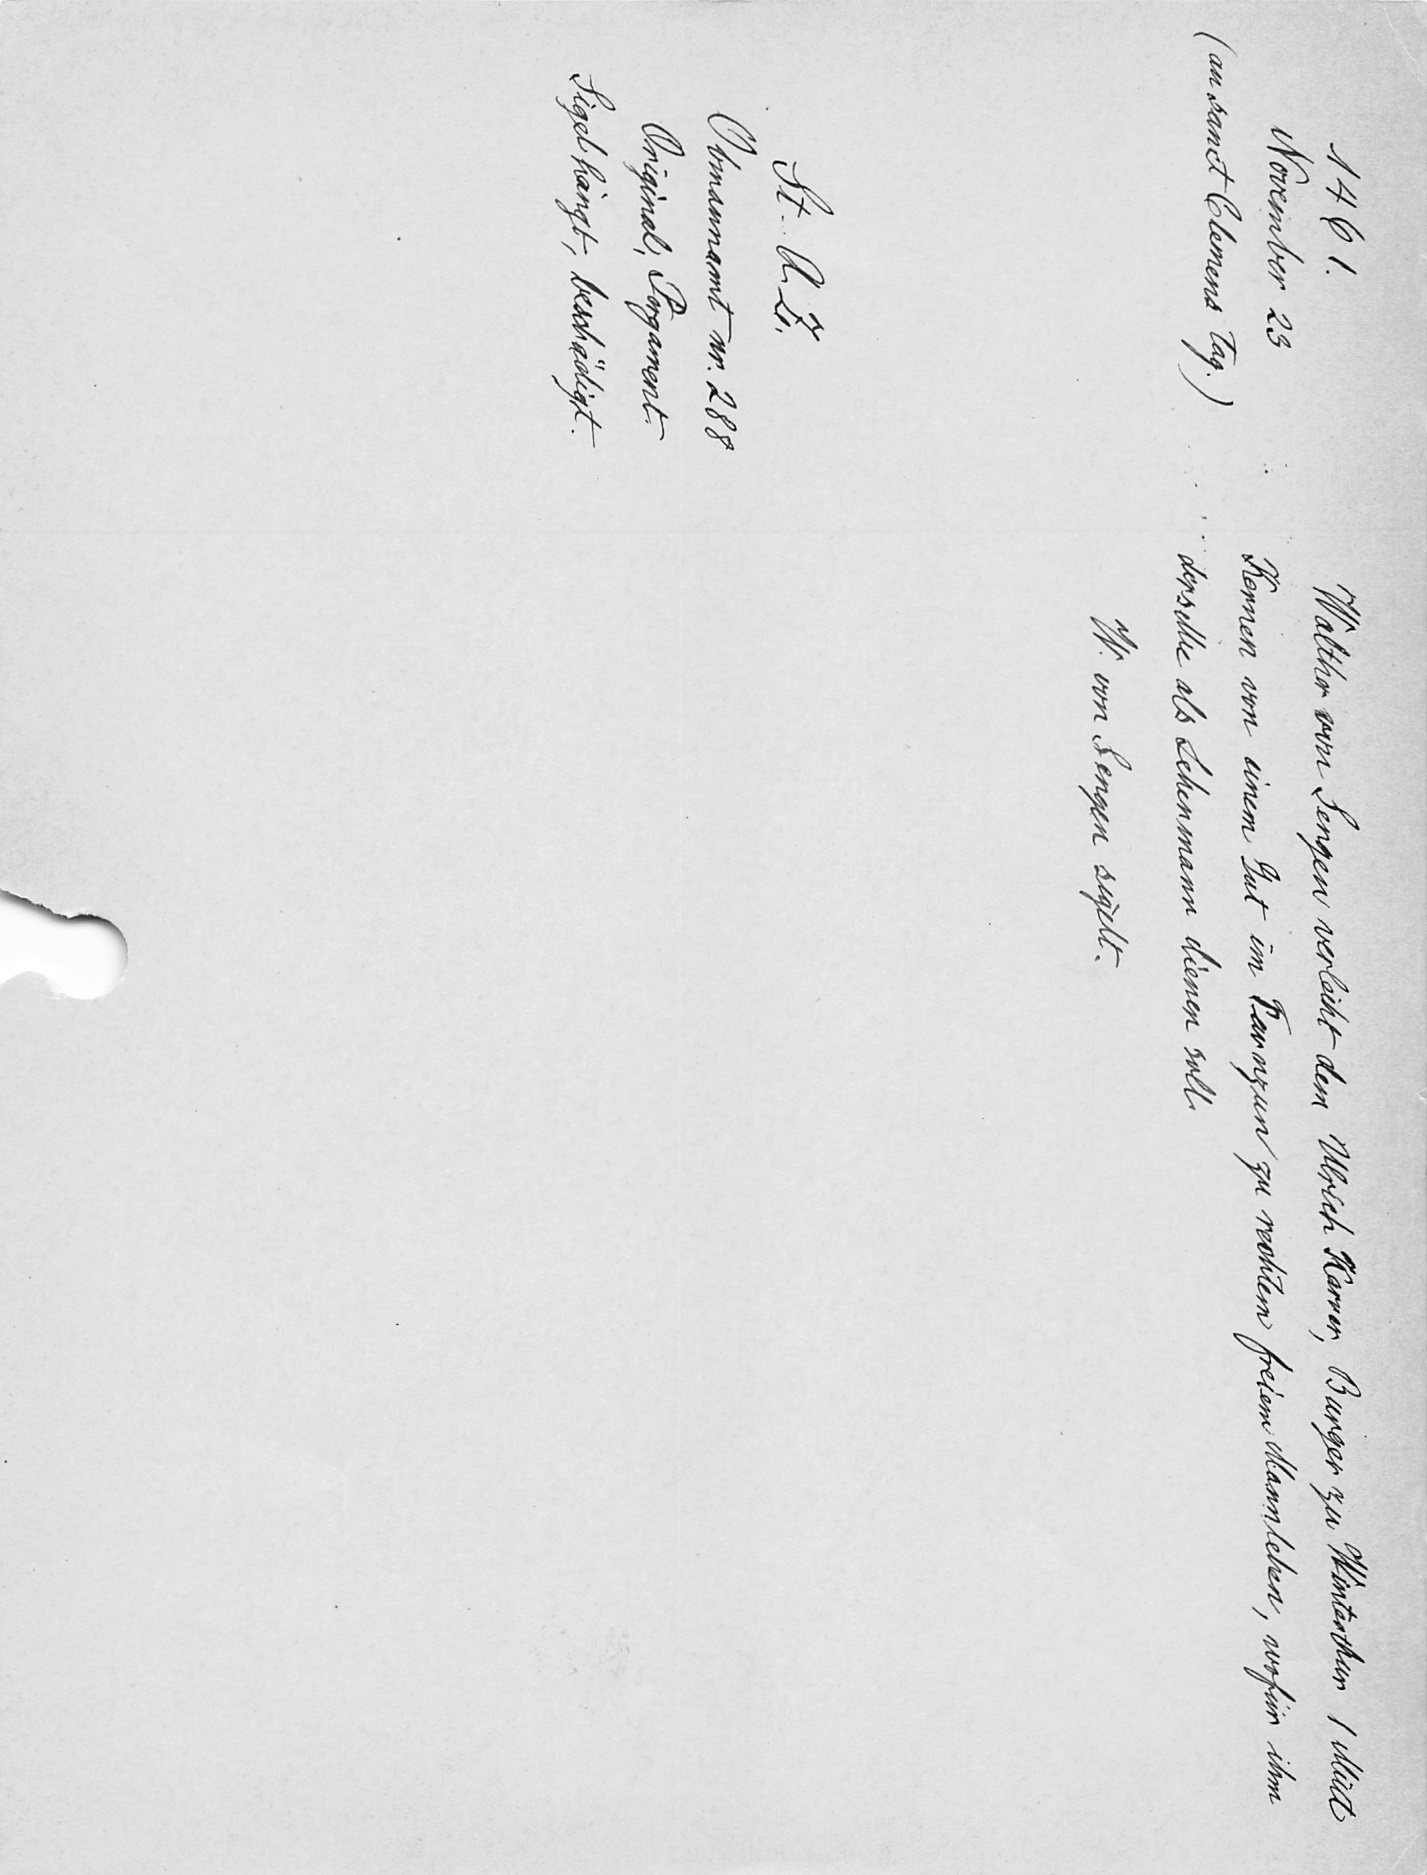
Walther von Sengen verleiht dem Ulrich Karrer Burger zu Winterthur 1 Mütt
Kernen von einem Gut im Farnzun zu rechtem freiem Mannlethn, wofür ihm
derselbe als Lehenmann dienen soll
W. von Sengen sigelt.

1461
November 23
(an sanct Clemens Tag)
St A Z
Obmannant nr. 288
Original, Pergament.
Sigel hängt, beschädigt